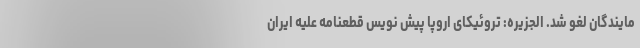
مایندگان لغو شد. الجزیره: تروئیکای اروپا پیش نویس قطعنامه علیه ایران